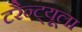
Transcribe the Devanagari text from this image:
टरैन्ट्यूला